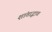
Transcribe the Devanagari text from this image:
शांताद्भाव